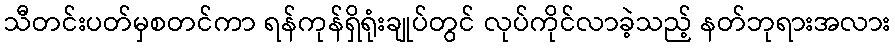
သီတင်းပတ်မှစတင်ကာ ရန်ကုန်ရှိရုံးချုပ်တွင် လုပ်ကိုင်လာခဲ့သည့် နတ်ဘုရားအလား